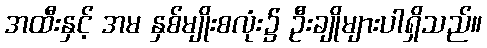
အထီးနှင့် အမ နှစ်မျိုးစလုံး၌ ဦးချိုများပါရှိသည်။